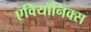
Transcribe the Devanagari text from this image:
एवियॉनिक्स